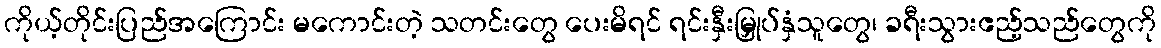
ကိုယ့်တိုင်းပြည်အကြောင်း မကောင်းတဲ့ သတင်းတွေ ပေးမိရင် ရင်းနှီးမြှုပ်နှံသူတွေ၊ ခရီးသွားဧည့်သည်တွေကို